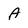
Character: A